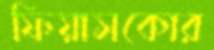
ফিয়াসকোর